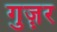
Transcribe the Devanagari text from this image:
गुज़़र